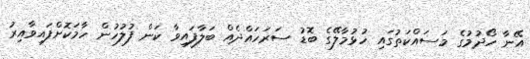
އޭނާ ހޯދުމުގެ މަސައްކަތުގައި ހުޅުމާލޭގެ ބޮޑު ސަރަހައްދެއް ބަލާފައިވާ ކަން ފުލުހުން ހާމަކޮށްފައިވާއިރު